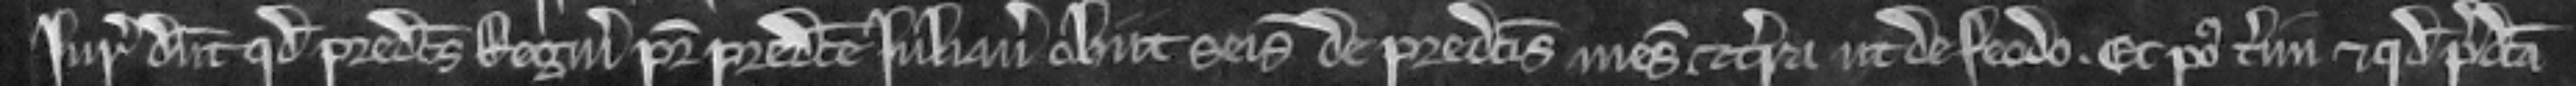
Juratores dicunt quod predictus Reginaldus pater predicte Juliane obiit seisitus de predictis mesuagio et terra ut de feodo et post terminum et quod predicta